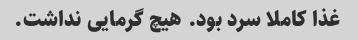
غذا کاملا سرد بود. هیچ گرمایی نداشت.